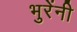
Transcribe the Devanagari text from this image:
भुरेंनी